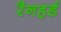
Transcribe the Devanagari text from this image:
रैनहर्ड